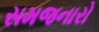
સમજનારો